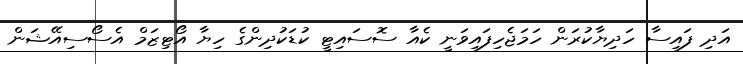
އަދި ފައިސާ ހަދިޔާކުރަން ހަމަޖެހިފައިވަނީ ކެއާ ސޮސައިޓީ ކުޑަކުދިންގެ ހިޔާ އޯޓިޒަމް އެސޯސިއޭޝަން